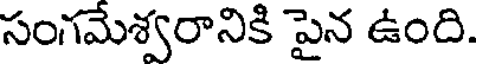
సంగమేశ్వరానికి పైన ఉంది.